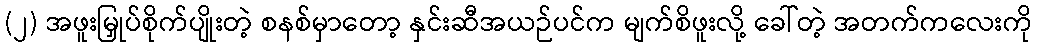
(၂) အဖူးမြှုပ်စိုက်ပျိုးတဲ့ စနစ်မှာတော့ နှင်းဆီအယဉ်ပင်က မျက်စိဖူးလို့ ခေါ်တဲ့ အတက်ကလေးကို